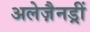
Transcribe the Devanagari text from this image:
अलेज़ैनड्रीं